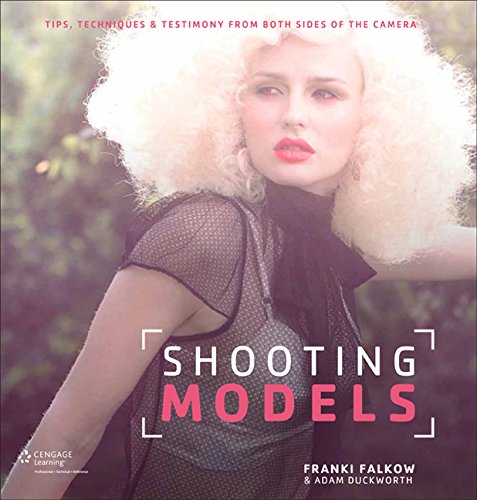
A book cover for Shooting Models: Tips, Techniques, & Testimony from Both Sides of the Camera; Franki Falkow; Arts & Photography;